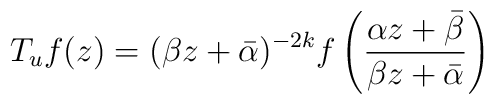
T_{u}f(z)=(\beta z + \bar{\alpha})^{-2k} f \left(     \frac{\alpha z + \bar{\beta}}{\beta z + \bar{\alpha}} \right)